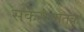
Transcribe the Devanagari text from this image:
सकरामातक